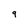
Character: 9